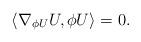
LaTeX: \begin{align*}\langle\nabla_{\phi U}U,\phi U\rangle=0.\end{align*}